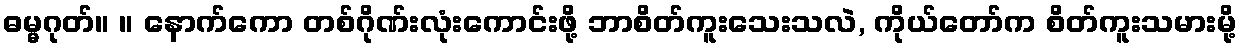
ဓမ္မဂုတ်။ ။ နောက်ကော တစ်ဂိုဏ်းလုံးကောင်းဖို့ ဘာစိတ်ကူးသေးသလဲ, ကိုယ်တော်က စိတ်ကူးသမားမို့